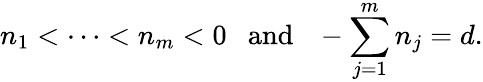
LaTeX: n_{1}<\cdots<n_{m}<0\mathrm{~~~and~~~}-\sum_{j=1}^{m}n_{j}=d.